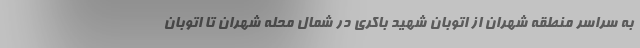
به سراسر منطقه شهران از اتوبان شهید باکری در شمال محله شهران تا اتوبان